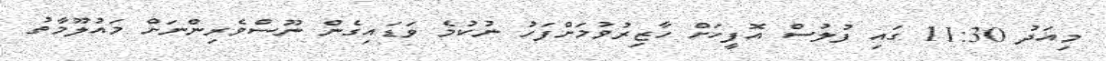
މިއަދު 11:30 ގައި ފުލުސް އޮފީހަށް ހާޒިރުވުމަށްފަހު ނުކުމެ ވަޑައިގެން ނޫސްވެރިންނަށް މައުލޫމާތު